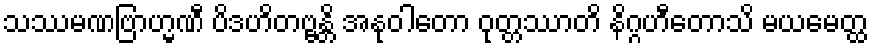
သဿမဏဗြာဟ္မဏီ ပိဒဟိတဗ္ဗန္တိ အနုဝါတော ဝုတ္တဿာတိ နိဂ္ဂဟီတောသိ မယမေတ္ထ